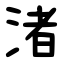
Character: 渚